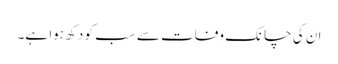
ان کی چانک وفات سے سب کو دکھ ہوا ہے۔